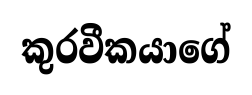
කුරවීකයාගේ